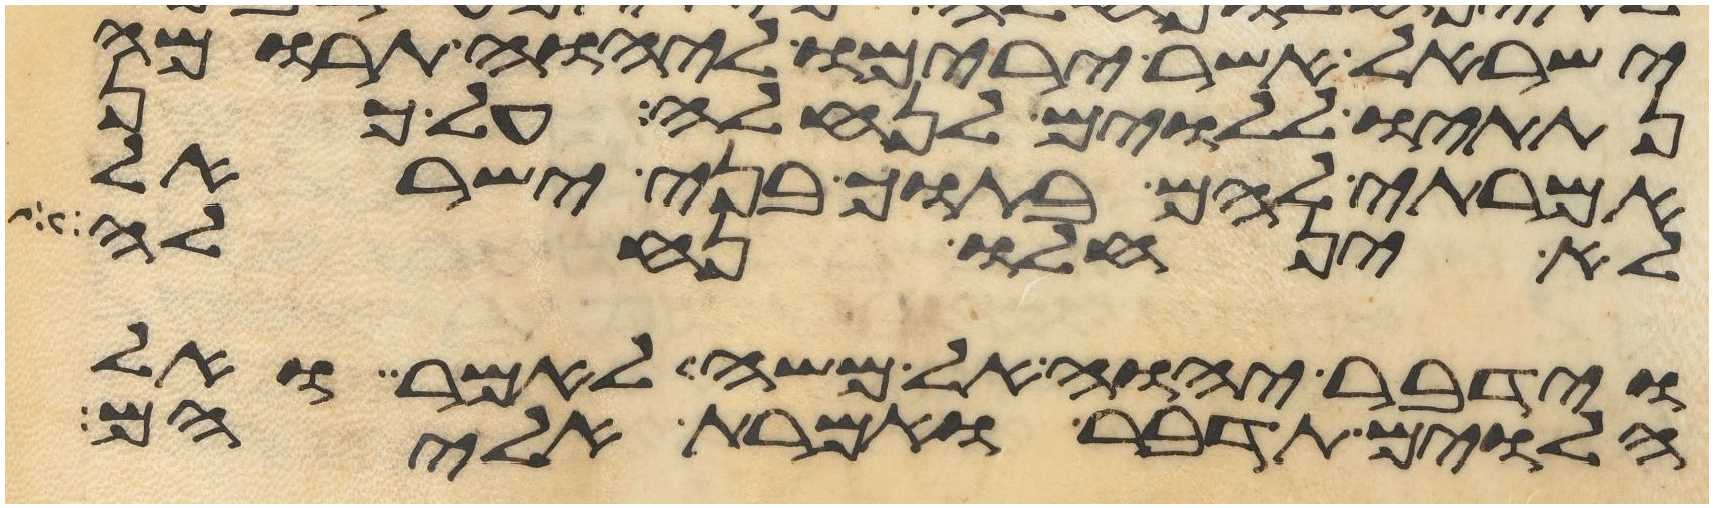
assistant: ישראל אשר ירימו ליהוה תרומה
נתתיו ללוים לנחלה על כן
אמרתי להם בתוך בני ישראל
לא ינחלו נחלה
וידבר יהוה אל משה לאמר ואל
הלוים תדבר ואמרת אליהם